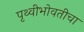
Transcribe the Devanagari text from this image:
पृथ्वीभोवतीचा